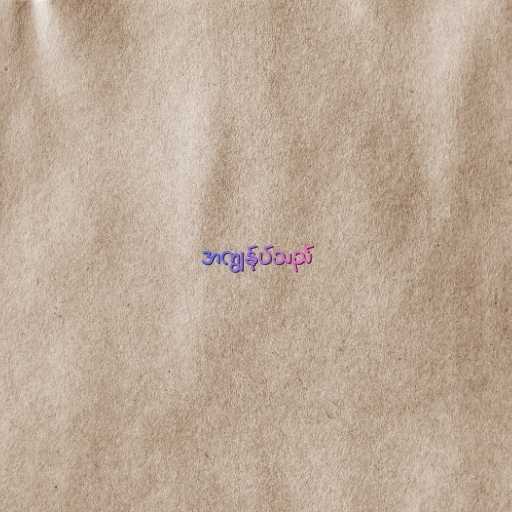
အကျွန်ုပ်သည်